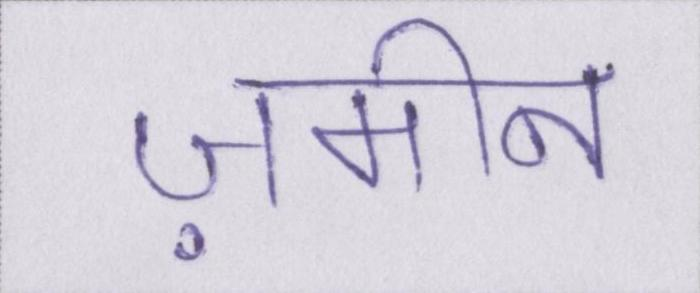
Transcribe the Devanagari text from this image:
ज़मीन